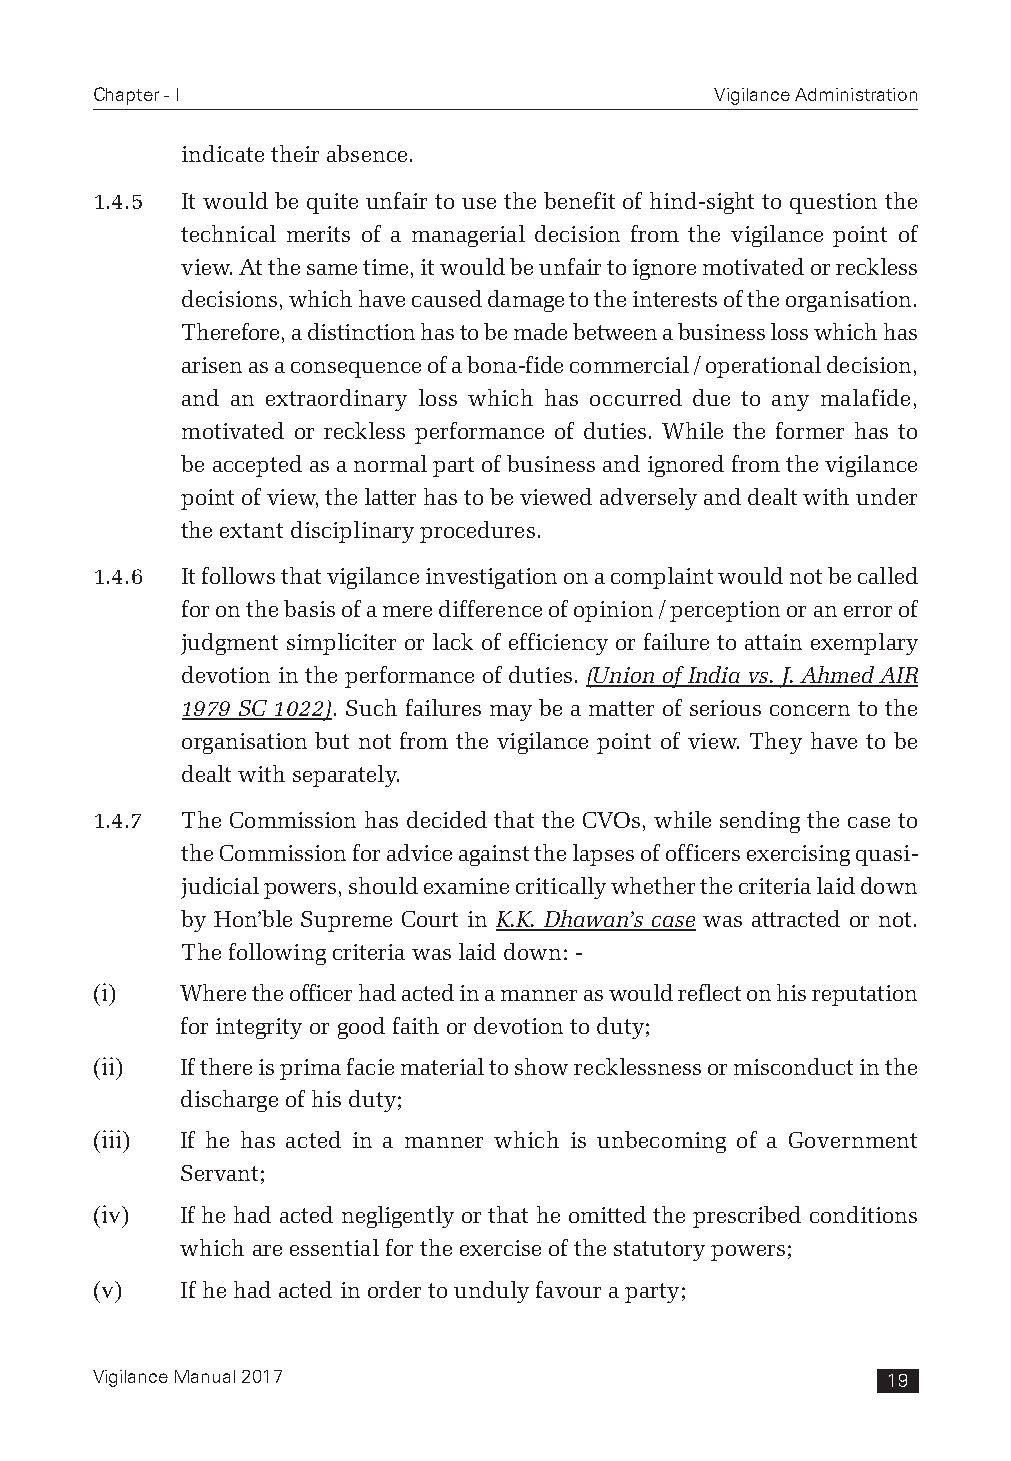
Chapter - I                              Vigilance Administration
 indicate their absence.
 1.4.5 It would be quite unfair to use the benefit of hind-sight to question the
 technical merits of a managerial decision from the vigilance point of
 view. At the same time, it would be unfair to ignore motivated or reckless
 decisions, which have caused damage to the interests of the organisation.
 Therefore, a distinction has to be made between a business loss which has
 arisen as a consequence of a bona-fide commercial / operational decision,
 and an extraordinary loss which has occurred due to any malafide,
 motivated or reckless performance of duties. While the former has to
 be accepted as a normal part of business and ignored from the vigilance
 point of view, the latter has to be viewed adversely and dealt with under
 the extant disciplinary procedures.
 1.4.6 It follows that vigilance investigation on a complaint would not be called
 for on the basis of a mere difference of opinion / perception or an error of
 judgment simpliciter or lack of efficiency or failure to attain exemplary
 devotion in the performance of duties. (Union of India vs. J. Ahmed AIR
 1979 SC 1022). Such failures may be a matter of serious concern to the
 organisation but not from the vigilance point of view. They have to be
 dealt with separately.
 1.4.7 The Commission has decided that the CVOs, while sending the case to
 the Commission for advice against the lapses of officers exercising quasi-
 judicial powers, should examine critically whether the criteria laid down
 by Hon’ble Supreme Court in K.K. Dhawan’s case was attracted or not.
 The following criteria was laid down: -
 (i)   Where the officer had acted in a manner as would reflect on his reputation
 for integrity or good faith or devotion to duty;
 (ii)  If there is prima facie material to show recklessness or misconduct in the
 discharge of his duty;
 (iii) If he has acted in a manner which is unbecoming of a Government
 Servant;
 (iv)  If he had acted negligently or that he omitted the prescribed conditions
 which are essential for the exercise of the statutory powers;
 (v)   If he had acted in order to unduly favour a party;
 Vigilance Manual 2017                                19